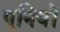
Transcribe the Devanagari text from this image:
पूनियों